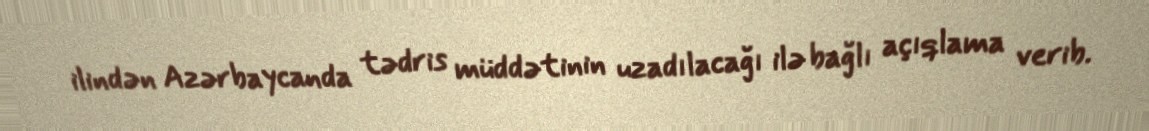
ilindən Azərbaycanda tədris müddətinin uzadılacağı ilə bağlı açıqlama verib.